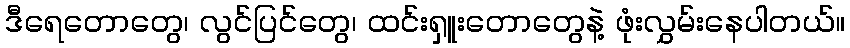
ဒီရေတောတွေ၊ လွင်ပြင်တွေ၊ ထင်းရှူးတောတွေနဲ့ ဖုံးလွှမ်းနေပါတယ်။